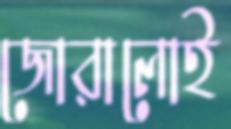
জোরালোই